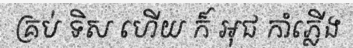
គ្រប់ ទិស ហើយ ក៏ អុជ កាំភ្លើង